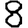
Digit: 8